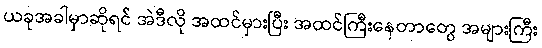
ယခုအခါမှာဆိုရင် အဲဒီလို အထင်မှားပြီး အထင်ကြီးနေတာတွေ အများကြီး